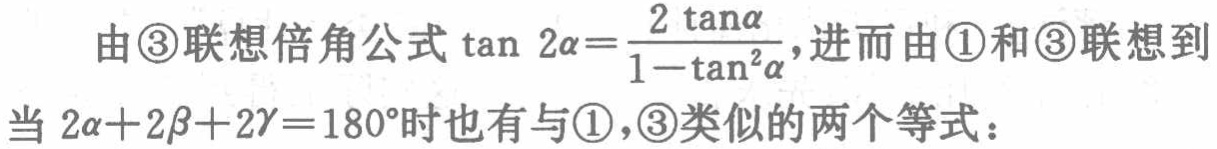
由\textcircled{3}联想倍角公式\(\tan 2\alpha=\frac{2\tan\alpha}{1 - \tan^{2}\alpha}\)，进而由\textcircled{1}和\textcircled{3}联想到当\(2\alpha + 2\beta+2\gamma = 180^{\circ}\)时也有与\textcircled{1}，\textcircled{3}类似的两个等式：